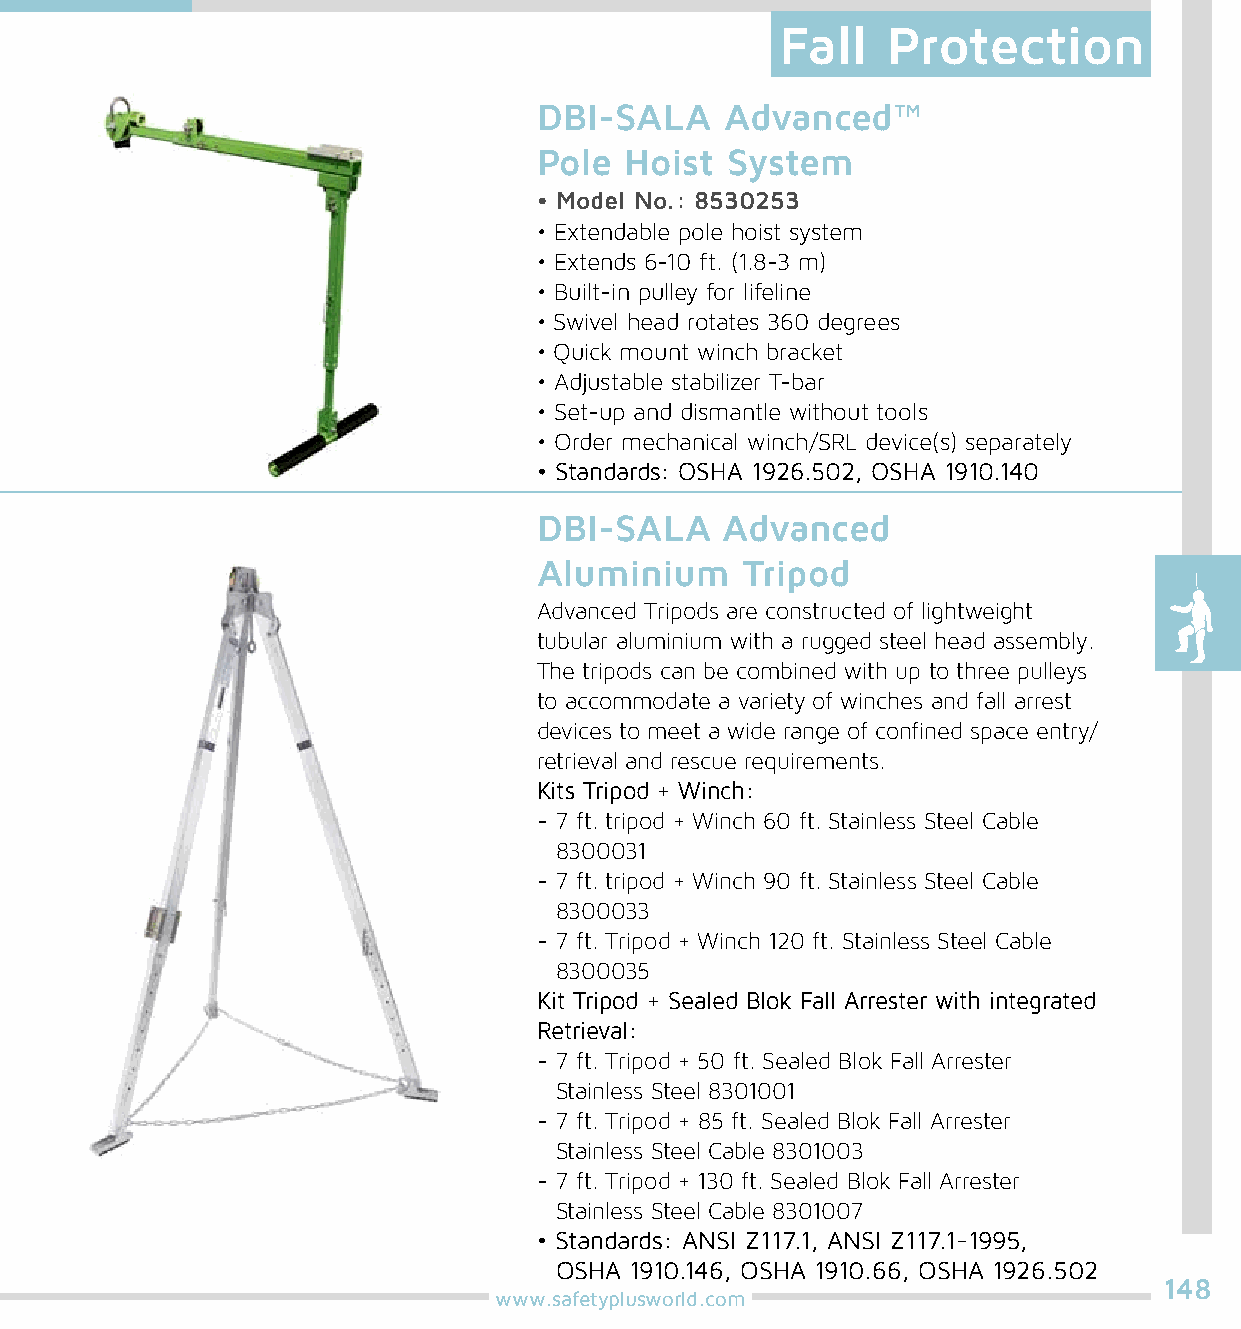
Fall   Protection
 DBI-SALA    Advanced™
 Pole Hoist  System
 • Model No.: 8530253
 • Extendable pole hoist system
 • Extends 6-10 ft. (1.8-3 m)
 • Built-in pulley for lifeline
 • Swivel head rotates 360 degrees
 • Quick mount winch bracket
 • Adjustable stabilizer T-bar
 • Set-up and dismantle without tools
 • Order mechanical winch/SRL device(s) separately
 • Standards: OSHA 1926.502, OSHA 1910.140
 DBI-SALA    Advanced
 Aluminium    Tripod
 Advanced Tripods are constructed of lightweight
 tubular aluminium with a rugged steel head assembly.
 The tripods can be combined with up to three pulleys
 to accommodate a variety of winches and fall arrest
 devices to meet a wide range of confined space entry/
 retrieval and rescue requirements.
 Kits Tripod + Winch:
 - 7 ft. tripod + Winch 60 ft. Stainless Steel Cable
 8300031
 - 7 ft. tripod + Winch 90 ft. Stainless Steel Cable
 8300033
 - 7 ft. Tripod + Winch 120 ft. Stainless Steel Cable
 8300035
 Kit Tripod + Sealed Blok Fall Arrester with integrated
 Retrieval:
 - 7 ft. Tripod + 50 ft. Sealed Blok Fall Arrester
 Stainless Steel 8301001
 - 7 ft. Tripod + 85 ft. Sealed Blok Fall Arrester
 Stainless Steel Cable 8301003
 - 7 ft. Tripod + 130 ft. Sealed Blok Fall Arrester
 Stainless Steel Cable 8301007
 • Standards: ANSI Z117.1, ANSI Z117.1-1995,
 OSHA 1910.146, OSHA 1910.66, OSHA 1926.502
 148
 www.safetyplusworld.com